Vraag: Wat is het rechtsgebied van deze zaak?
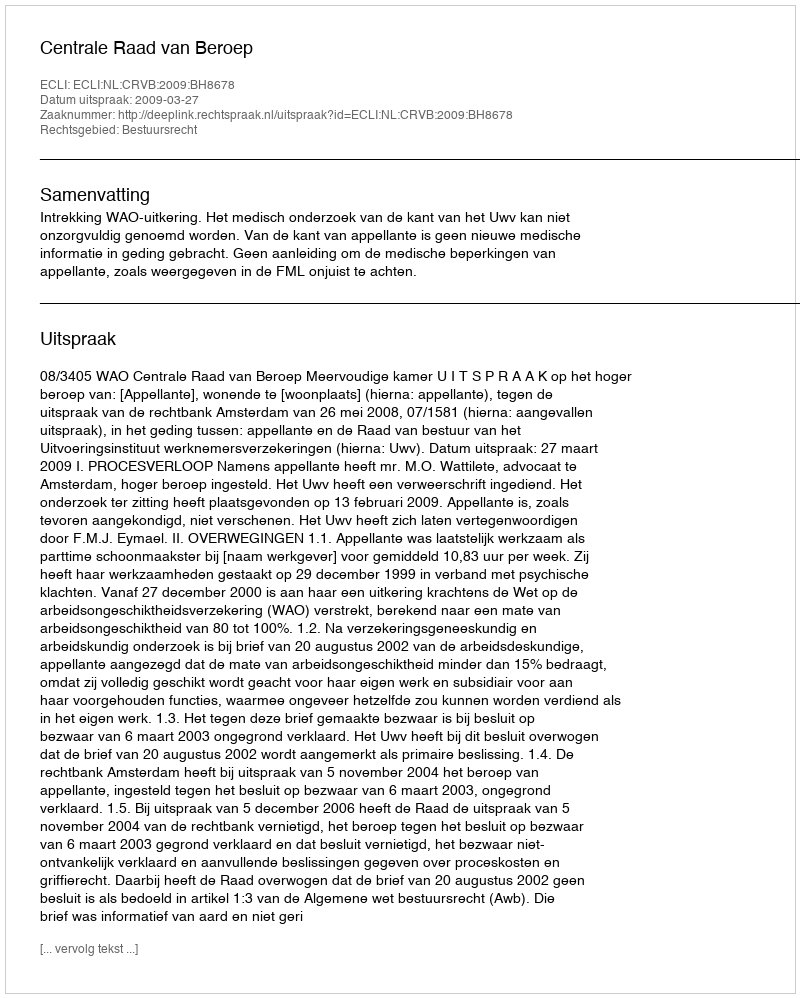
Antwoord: Bestuursrecht